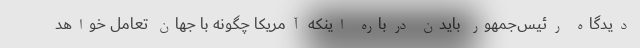
دیدگاه رئیس‌جمهور بایدن درباره اینکه آمریکا چگونه با جهان تعامل خواهد